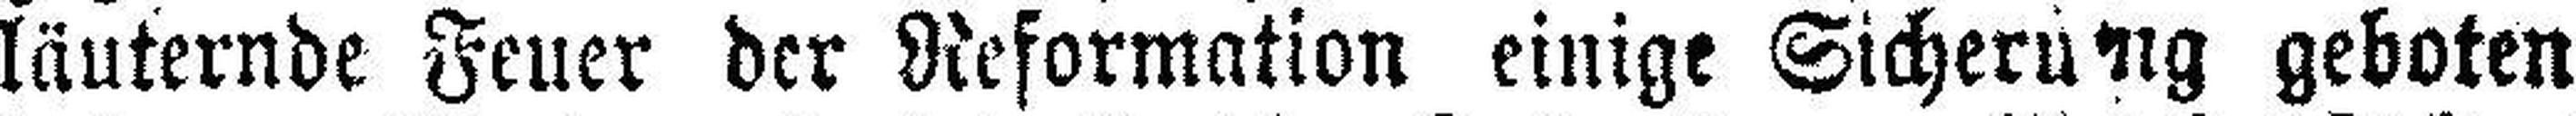
läuternde Feuer der Reformation einige Sicherung geboten